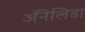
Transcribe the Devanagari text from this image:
ॲनेलिडा